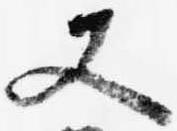
又